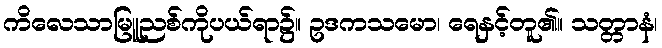
ကိလေသာမြူညစ်ကိုပယ်ရာ၌။ ဥဒကသမော၊ ရေနှင့်တူ၏။ သတ္တာနံ၊